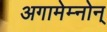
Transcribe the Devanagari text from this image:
अगामेम्नोन्